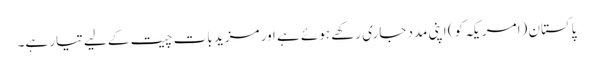
پاکستان (امریکہ کو) اپنی مدد جاری رکھے ہوئے ہے اور مزید بات چیت کے لیے تیار ہے۔